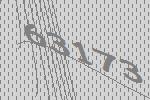
63173